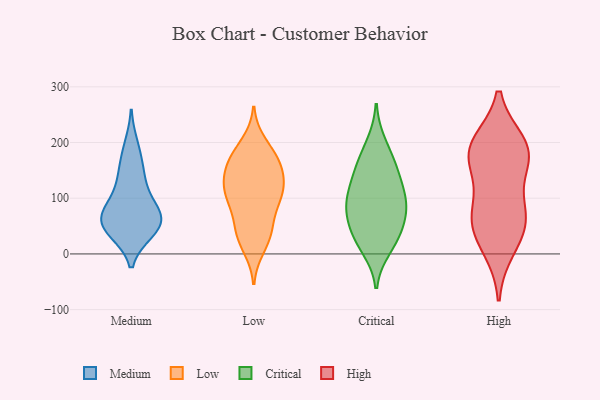
{"axis": {"x": "Energy Usage (MWh)", "y": "Value"}, "legend": ["Critical", "High", "Low", "Medium"], "data": [{"x": "", "y": 62, "type": "Medium"}, {"x": "", "y": 92, "type": "Medium"}, {"x": "", "y": 43, "type": "Medium"}, {"x": "", "y": 138, "type": "Medium"}, {"x": "", "y": 166, "type": "Medium"}, {"x": "", "y": 66, "type": "Medium"}, {"x": "", "y": 127, "type": "Medium"}, {"x": "", "y": 40, "type": "Medium"}, {"x": "", "y": 63, "type": "Medium"}, {"x": "", "y": 195, "type": "Medium"}, {"x": "", "y": 41, "type": "Medium"}, {"x": "", "y": 60, "type": "Medium"}, {"x": "", "y": 84, "type": "Medium"}, {"x": "", "y": 11, "type": "Low"}, {"x": "", "y": 187, "type": "Low"}, {"x": "", "y": 169, "type": "Low"}, {"x": "", "y": 46, "type": "Low"}, {"x": "", "y": 23, "type": "Low"}, {"x": "", "y": 100, "type": "Low"}, {"x": "", "y": 41, "type": "Low"}, {"x": "", "y": 168, "type": "Low"}, {"x": "", "y": 155, "type": "Low"}, {"x": "", "y": 120, "type": "Low"}, {"x": "", "y": 109, "type": "Low"}, {"x": "", "y": 43, "type": "Low"}, {"x": "", "y": 95, "type": "Low"}, {"x": "", "y": 78, "type": "Low"}, {"x": "", "y": 155, "type": "Low"}, {"x": "", "y": 115, "type": "Low"}, {"x": "", "y": 116, "type": "Low"}, {"x": "", "y": 159, "type": "Low"}, {"x": "", "y": 127, "type": "Low"}, {"x": "", "y": 199, "type": "Low"}, {"x": "", "y": 95, "type": "Critical"}, {"x": "", "y": 30, "type": "Critical"}, {"x": "", "y": 75, "type": "Critical"}, {"x": "", "y": 154, "type": "Critical"}, {"x": "", "y": 24, "type": "Critical"}, {"x": "", "y": 145, "type": "Critical"}, {"x": "", "y": 198, "type": "Critical"}, {"x": "", "y": 117, "type": "Critical"}, {"x": "", "y": 95, "type": "Critical"}, {"x": "", "y": 53, "type": "Critical"}, {"x": "", "y": 101, "type": "Critical"}, {"x": "", "y": 10, "type": "Critical"}, {"x": "", "y": 167, "type": "Critical"}, {"x": "", "y": 63, "type": "Critical"}, {"x": "", "y": 173, "type": "High"}, {"x": "", "y": 11, "type": "High"}, {"x": "", "y": 46, "type": "High"}, {"x": "", "y": 169, "type": "High"}, {"x": "", "y": 55, "type": "High"}, {"x": "", "y": 77, "type": "High"}, {"x": "", "y": 197, "type": "High"}, {"x": "", "y": 177, "type": "High"}, {"x": "", "y": 195, "type": "High"}, {"x": "", "y": 81, "type": "High"}]}